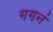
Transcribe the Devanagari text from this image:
गगनं